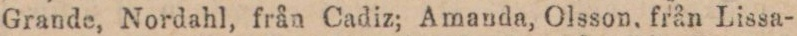
Grande, Nordahl, från Cadiz; Amanda, Olsson, från Lissa-